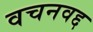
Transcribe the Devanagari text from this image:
वचनवद्द